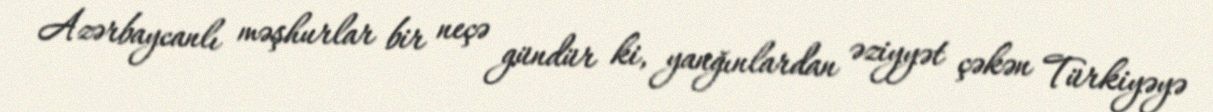
Azərbaycanlı məşhurlar bir neçə gündür ki, yanğınlardan əziyyət çəkən Türkiyəyə